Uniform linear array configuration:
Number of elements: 16
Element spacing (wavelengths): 1
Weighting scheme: binomial
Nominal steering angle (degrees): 45
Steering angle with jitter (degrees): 43.851
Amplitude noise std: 0.05
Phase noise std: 0.05

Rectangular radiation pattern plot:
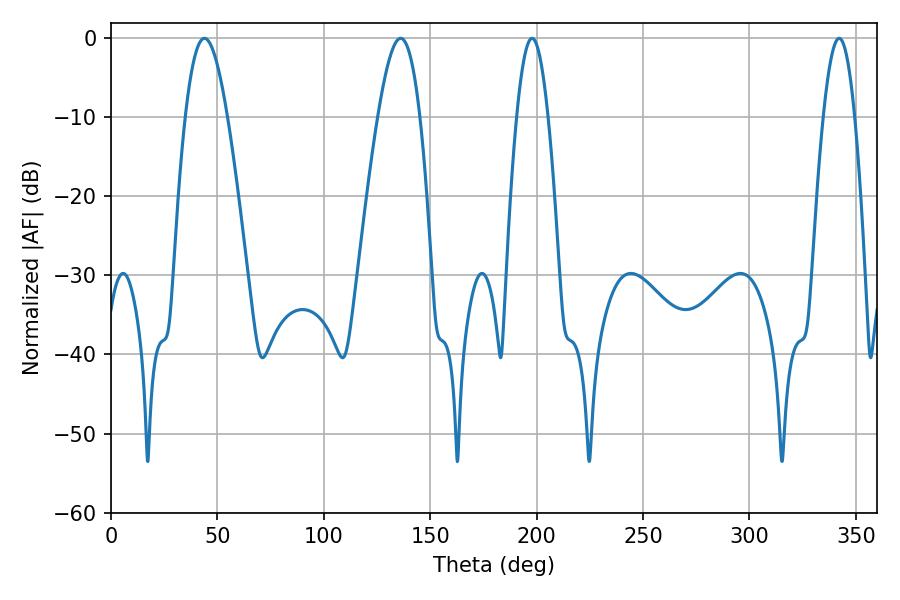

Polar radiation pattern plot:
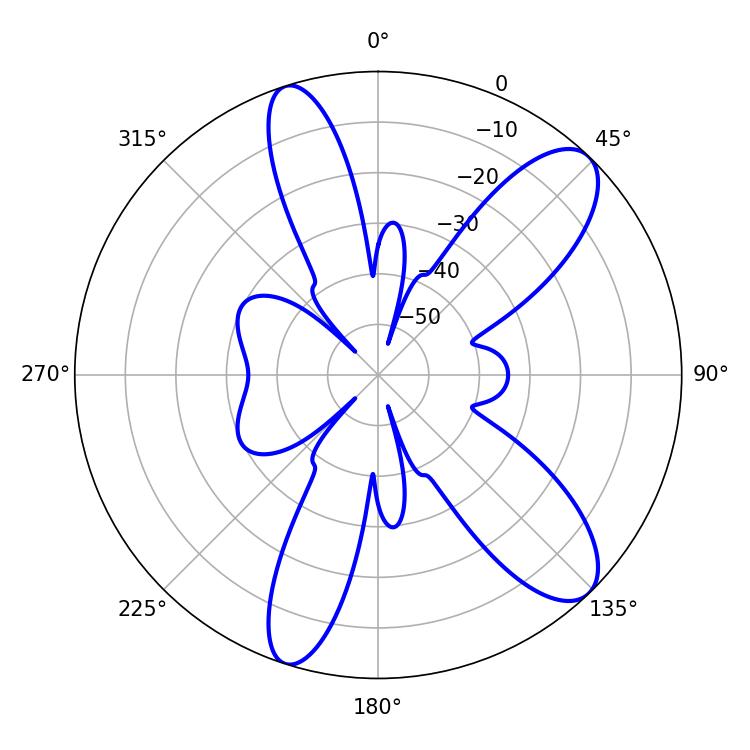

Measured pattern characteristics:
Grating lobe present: TRUE
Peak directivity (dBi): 10.243
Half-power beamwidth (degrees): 10.62
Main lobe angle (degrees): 43.92